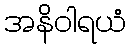
အနိဝါရယံ